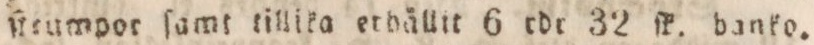
ſteumpor ſamt tillika erhällit 6 rdr 32 ſk. banko.